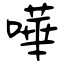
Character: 嘩